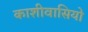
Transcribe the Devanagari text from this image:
काशीवासियो